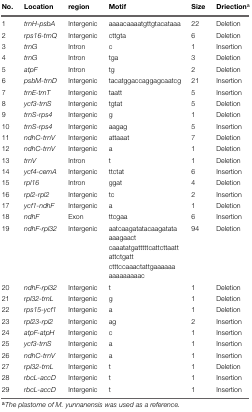
<table><thead><tr><td><b>No.</b></td><td><b>Location</b></td><td><b>region</b></td><td><b>Motif</b></td><td><b>Size</b></td><td><b>Driection<sup>a</sup></b></td></tr></thead><tbody><tr><td>1</td><td><i>trnH-psbA</i></td><td>Intergenic</td><td>aaaacaaaatgttgtacataaa</td><td>22</td><td>Deletion</td></tr><tr><td>2</td><td><i>rps16-trnQ</i></td><td>Intergenic</td><td>cttgta</td><td>6</td><td>Deletion</td></tr><tr><td>3</td><td><i>trnG</i></td><td>Intron</td><td>c</td><td>1</td><td>Insertion</td></tr><tr><td>4</td><td><i>trnG</i></td><td>Intron</td><td>tga</td><td>3</td><td>Deletion</td></tr><tr><td>5</td><td><i>atpF</i></td><td>Intron</td><td>tg</td><td>2</td><td>Deletion</td></tr><tr><td>6</td><td><i>psbM-trnD</i></td><td>Intergenic</td><td>tacatggaccaggagcaatcg</td><td>21</td><td>Insertion</td></tr><tr><td>7</td><td><i>trnE-trnT</i></td><td>Intergenic</td><td>taatt</td><td>5</td><td>Insertion</td></tr><tr><td>8</td><td><i>ycf3-trnS</i></td><td>Intergenic</td><td>tgtat</td><td>5</td><td>Deletion</td></tr><tr><td>9</td><td><i>trnS-rps4</i></td><td>Intergenic</td><td>g</td><td>1</td><td>Deletion</td></tr><tr><td>10</td><td><i>trnS-rps4</i></td><td>Intergenic</td><td>aagag</td><td>5</td><td>Insertion</td></tr><tr><td>11</td><td><i>ndhC-trnV</i></td><td>Intergenic</td><td>attaaat</td><td>7</td><td>Deletion</td></tr><tr><td>12</td><td><i>ndhC-trnV</i></td><td>Intergenic</td><td>a</td><td>1</td><td>Deletion</td></tr><tr><td>13</td><td><i>trnV</i></td><td>Intron</td><td>t</td><td>1</td><td>Deletion</td></tr><tr><td>14</td><td><i>ycf4-cemA</i></td><td>Intergenic</td><td>ttctat</td><td>6</td><td>Insertion</td></tr><tr><td>15</td><td><i>rpl16</i></td><td>Intron</td><td>ggat</td><td>4</td><td>Deletion</td></tr><tr><td>16</td><td><i>rpl2-rpl2</i></td><td>Intergenic</td><td>tc</td><td>2</td><td>Insertion</td></tr><tr><td>17</td><td><i>ycf1-ndhF</i></td><td>Intergenic</td><td>a</td><td>1</td><td>Deletion</td></tr><tr><td>18</td><td><i>ndhF</i></td><td>Exon</td><td>ttcgaa</td><td>6</td><td>Insertion</td></tr><tr><td>19</td><td><i>ndhF-rpl32</i></td><td>Intergenic</td><td>aatcaagatatacaagatataaaagaactcaaatatgatttttcattcttaattattctgattctttccaaactattgaaaaaaaaaaaaaaac</td><td>94</td><td>Deletion</td></tr><tr><td>20</td><td><i>ndhF-rpl32</i></td><td>Intergenic</td><td>t</td><td>1</td><td>Deletion</td></tr><tr><td>21</td><td><i>rpl32-trnL</i></td><td>Intergenic</td><td>g</td><td>1</td><td>Deletion</td></tr><tr><td>22</td><td><i>rps15-ycf1</i></td><td>Intergenic</td><td>a</td><td>1</td><td>Deletion</td></tr><tr><td>23</td><td><i>rpl23-rpl2</i></td><td>Intergenic</td><td>ag</td><td>2</td><td>Insertion</td></tr><tr><td>24</td><td><i>atpF-atpH</i></td><td>Intergenic</td><td>c</td><td>1</td><td>Insertion</td></tr><tr><td>25</td><td><i>ycf3-trnS</i></td><td>Intergenic</td><td>a</td><td>1</td><td>Insertion</td></tr><tr><td>26</td><td><i>ndhC-trnV</i></td><td>Intergenic</td><td>a</td><td>1</td><td>Insertion</td></tr><tr><td>27</td><td><i>rpl32-trnL</i></td><td>Intergenic</td><td>t</td><td>1</td><td>Deletion</td></tr><tr><td>28</td><td><i>rbcL-accD</i></td><td>Intergenic</td><td>t</td><td>1</td><td>Insertion</td></tr><tr><td>29</td><td><i>rbcL-accD</i></td><td>Intergenic</td><td>t</td><td>1</td><td>Insertion</td></tr></tbody></table>